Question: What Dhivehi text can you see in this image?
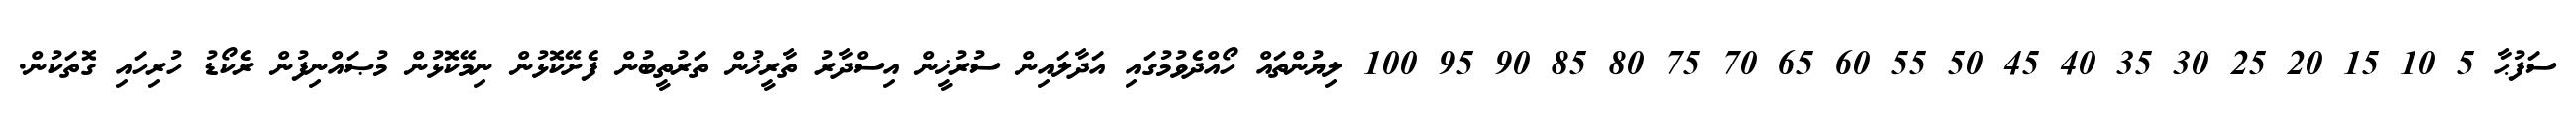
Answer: ސަފުޙާ 5 10 15 20 25 30 35 40 45 50 55 60 65 70 75 80 85 90 95 100 ލިޔުންތައް ހޯއްދެވުމުގައި އަދާލައިން ސުރުޚީން އިސްދާރު ތާރީޚުން ތަރުތީބުން ފެށޭކޮޅުން ނިމޭކޮޅުން މުޞައްނިފުން ރެކޯޑު ހުރިހައި ގޮތަކުން.